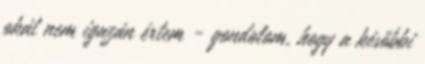
okát nem igazán értem - gondolom, hogy a későbbi